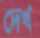
দেখ